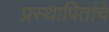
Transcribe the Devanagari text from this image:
प्रस्थापितांचे